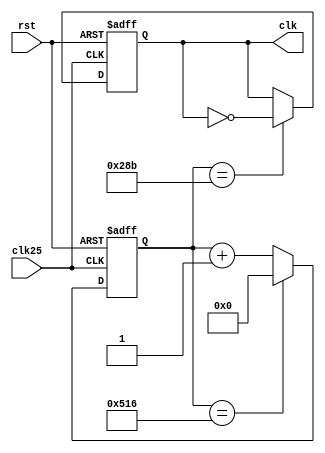
module divclk(
    input wire clk25,
    input wire rst,

    output reg clk
);

    reg [13:0] cnt;

    always @(posedge clk25 or posedge rst) begin
        if (rst) begin
            cnt <= 14'b0;
        end
        else if (cnt == 14'd1302) begin
            cnt <= 14'b0;
        end
        else begin
            cnt <= cnt + 1'b1;
        end
    end

    wire en;
    assign en = (cnt == 14'd651);

    always @(posedge clk25 or posedge rst) begin
        if (rst) begin
            clk <= 1'b0;
        end
        else if (en) begin
            clk <= ~clk;
        end
    end

endmodule